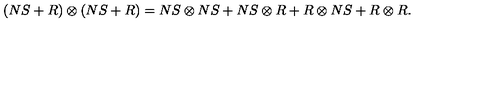
( N S + R ) \otimes ( N S + R ) = N S \otimes N S + N S \otimes R + R \otimes N S + R \otimes R .